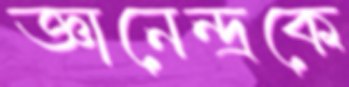
জ্ঞানেন্দ্রকে